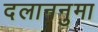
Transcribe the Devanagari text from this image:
दलाननुमा